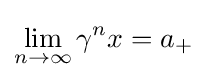
\lim _{n\to \infty }\gamma ^{n}x=a_{+}